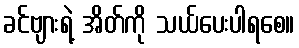
ခင်ဗျားရဲ့ အိတ်ကို သယ်ပေးပါရစေ။